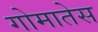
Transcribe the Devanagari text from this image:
गोमातेस